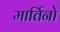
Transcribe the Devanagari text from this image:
मार्तिनो